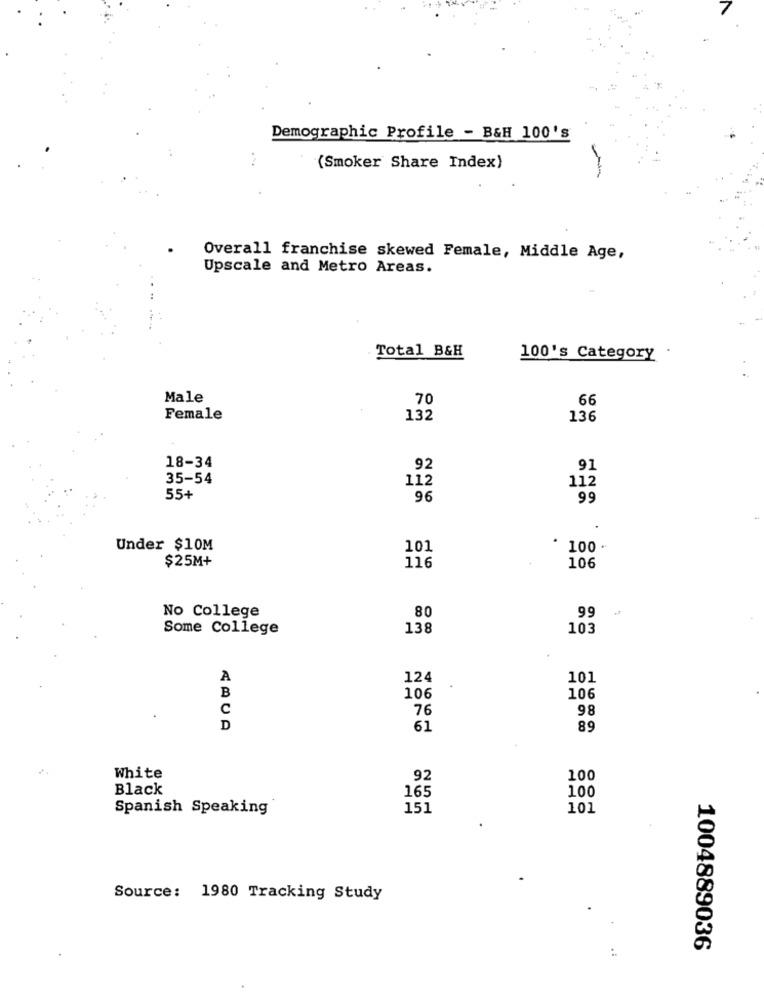
Demographic Profile - B&H 100's
(Smoker Share Index)
Overall franchise skewed Female, Middle Age,
Upscale and Metro Areas.
Total B&H
100's Category .
Male
70
66
Female
132
136
18-34
92
91
35-54
112
112
55+
96
99
Under $10M
101
100 .
$25M+
116
106
No College
80
99
Some College
138
103
A
124
101
B
106
106
C
76
98
D
61
89
White
92
100
Black
165
100
Spanish Speaking
151
101
Source: 1980 Tracking Study
1004889036